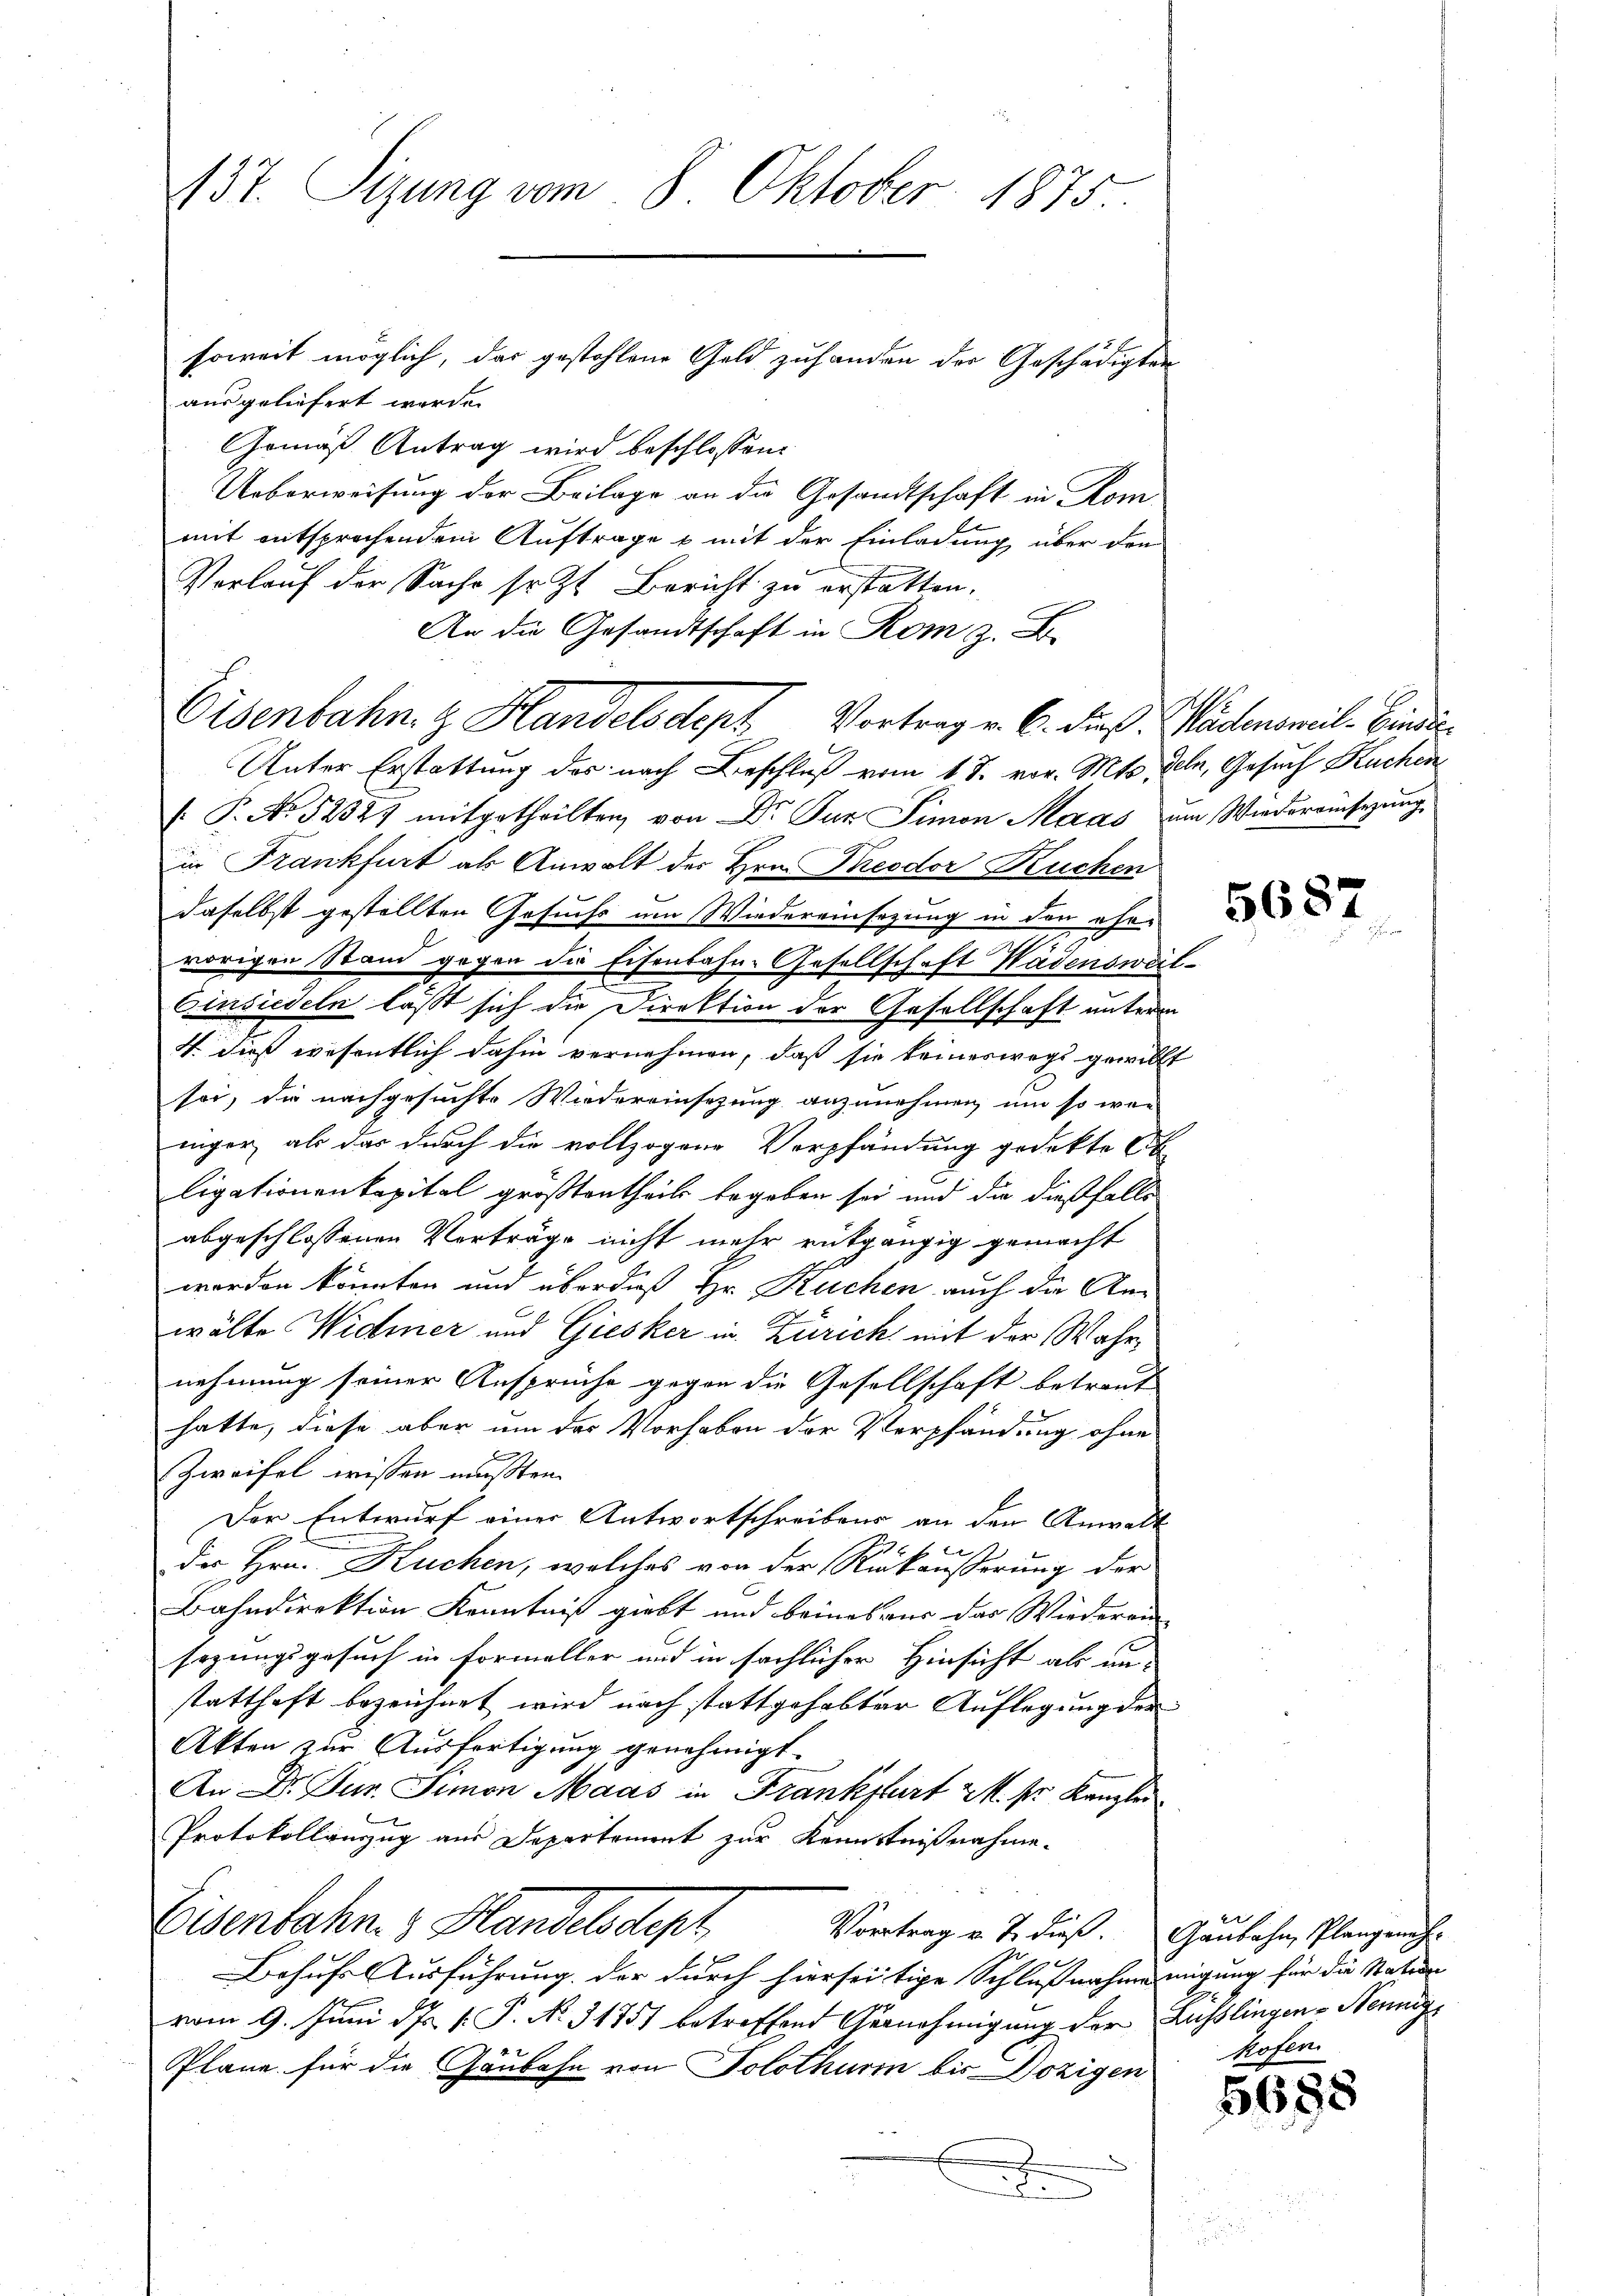
137. Sizung vom 8. Oktober 1875.
soweit möglich, das gestohlene Geld zuhanden der Geschädigten

ausgeliefert werde.
Gemäß Antrag wird beschlossen:
Ueberweisung der Beilage an die Gesandtschaft in Kom-
mit entsprechendem Auftrage & mit der Einladung über den
Verlauf der Sache sr. Zt. Bericht zu erstatten.
An die Gesandtschaft in Rom z. B.
Unter Erstattung des nach Beschluß vom 1 J. vor. Mts. deln, Gesuch Kuchen
/. P. No 5252) mitgetheilten von Dr. Zur Simon Maas zum Wiedereinsezung,
in Frankfurt als Anwalt der Hrn. Theodor Kuchen
daselbst gestellten Gesuchs um Wiedereinsezung in den ehe-
2
vorigen Stand gegen die Eisenbahn-Gesellschaft Wädensweil¬
Einsiedeln läßt sich die Direktion der Gesellschaft unterm
4. dieß wesentlich dahin vernehmen, daß sie keineswegs gewillt
sei, die nachgesuchte Wiedereinsezung anzunehmen, um so wen
niger, als das durch die vollzogene Verpfändung gedekte St
ligationenkapital größtentheils begeben sei und die dießfalls
abgeschlossenen Vorträge nicht mehr rütgängig gemacht
worden könnten und über daß Hr. Kuchen auch die Anwälte Widmer und Giesker in Zürich mit der Wahr
nehmung seiner Ansprüche gegen die Gesellschaft betraut
hatte, diese aber um das Vorhaben der Verpfändung ohne
Zweifel wissen mußten.
Der Entwurf einer Antwortschreibens an den Anwalt
H. E.
2
des Hrn. Kuchen, welches von der Rückäußerung der
Bahndirektion Kenntniß giebt und beines aus das Wiederen
sazungsgesuch in Formeller und in sächlicher Hinsicht als un-
statthaft bezeichnet wird nach stattgehabter Auflegung der
Akten zur Ausfertigung genehmigt.
An Dr. Jur. Simon Maas in Frankfurt 2. sr Kanzlei
Protokollanzug aus Departement zur Kenntnißnahme.
Eisenbahn. 3 Handelsstept,
Vortrag v. J. dieß. Gaubahn, Plangeneh¬
I
Behufs Ausführung der durch hierseitige Schlußnahme migung für die Nation
vom 9. Juni d. Js. v. P. No. 31751 betreffend Gernehmigung der Ausslingene Nennig
Pläne für die Gänbahn von Solothurm bis Dozigen
J
u

Eisenbahn. z. Handelsdept Vortrag v. 6. dieß. Wädensweil, Candi¬

5687

Sofern

5685